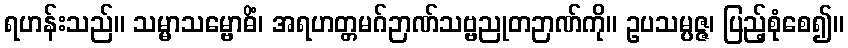
ရဟန်းသည်။ သမ္မာသမ္ဗောဓိံ၊ အရဟတ္တမဂ်ဉာဏ်သဗ္ဗညုတဉာဏ်ကို။ ဥပသမ္ပဇ္ဇ၊ ပြည့်စုံစေ၍။